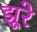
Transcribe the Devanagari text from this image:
झूरे